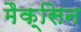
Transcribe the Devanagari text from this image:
मैक्सिन